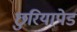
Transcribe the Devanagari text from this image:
छुरियापेड